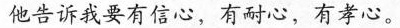
他告诉我要有信心，有耐心，有孝心。